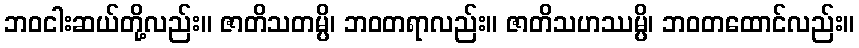
ဘဝငါးဆယ်တို့လည်း။ ဇာတိသတမ္ပိ၊ ဘဝတရာလည်း။ ဇာတိသဟဿမ္ပိ၊ ဘဝတထောင်လည်း။